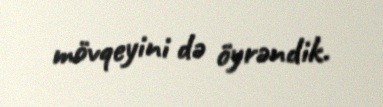
mövqeyini də öyrəndik.